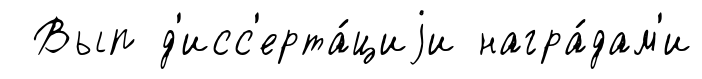
Вып д'исс'ерта́циjи награ́дам'и